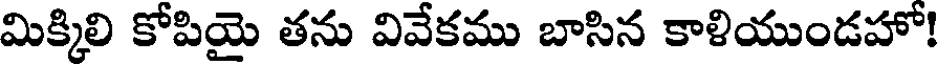
మిక్కిలి కోపియై తను వివేకము బాసిన కాళియుండహో!